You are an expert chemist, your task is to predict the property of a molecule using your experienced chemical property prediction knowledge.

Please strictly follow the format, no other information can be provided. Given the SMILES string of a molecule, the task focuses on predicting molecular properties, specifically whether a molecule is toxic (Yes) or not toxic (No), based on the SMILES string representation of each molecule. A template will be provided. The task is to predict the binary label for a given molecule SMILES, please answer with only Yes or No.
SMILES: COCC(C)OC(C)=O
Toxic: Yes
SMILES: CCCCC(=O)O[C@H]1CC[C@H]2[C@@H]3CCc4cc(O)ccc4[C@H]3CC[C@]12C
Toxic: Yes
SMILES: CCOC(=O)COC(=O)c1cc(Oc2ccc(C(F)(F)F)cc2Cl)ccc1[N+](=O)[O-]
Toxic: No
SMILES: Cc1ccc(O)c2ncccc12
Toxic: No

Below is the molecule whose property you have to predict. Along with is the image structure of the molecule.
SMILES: CCC(=O)N(c1ccccc1)C1CCN(C(C)Cc2ccccc2)CC1
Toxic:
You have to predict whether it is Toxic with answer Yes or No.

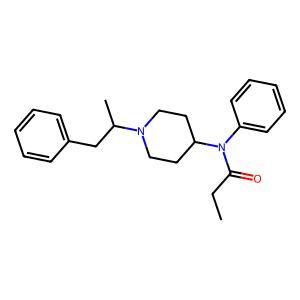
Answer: No